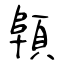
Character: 顊